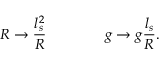
R \rightarrow { \frac { l _ { s } ^ { 2 } } { R } } \qquad \qquad g \rightarrow g { \frac { l _ { s } } { R } } .